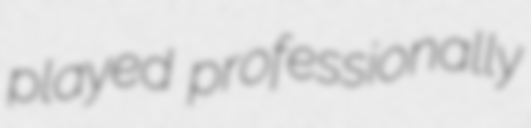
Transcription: played professionally